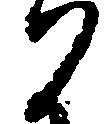
か